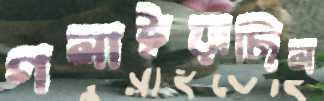
গলাইয়াছিল